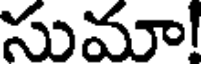
సుమా!